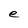
Character: e